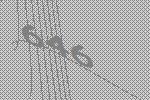
646